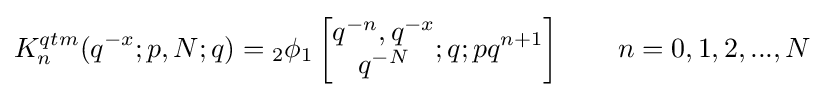
K_{n}^{qtm}(q^{-x};p,N;q)={}_{2}\phi _{1}\left[{\begin{matrix}q^{-n},q^{-x}\\q^{-N}\end{matrix}};q;pq^{n+1}\right]\qquad n=0,1,2,...,N